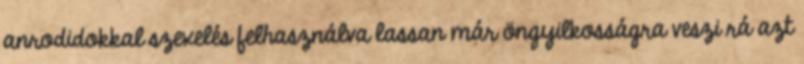
anrodidokkal szexelés felhasználva lassan már öngyilkosságra veszi rá azt